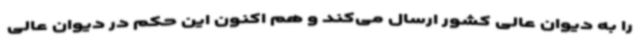
را به دیوان عالی کشور ارسال می‌کند و هم اکنون این حکم در دیوان عالی